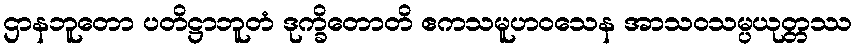
ဌာနဘူတော ပတိဋ္ဌာဘူတံ ဒုက္ခိတောတိ ဧကသမူဟဝသေန အာသဝသမ္ပယုတ္တဿ